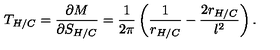
T _ { H / C } = \frac { \partial M } { \partial S _ { H / C } } = \frac { 1 } { 2 \pi } \left( \frac { 1 } { r _ { H / C } } - \frac { 2 r _ { H / C } } { l ^ { 2 } } \right) .